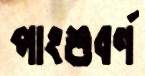
পাংশুবর্ণ